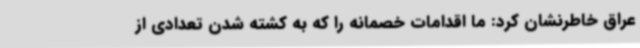
عراق خاطرنشان کرد: ما اقدامات خصمانه را که به کشته شدن تعدادی از